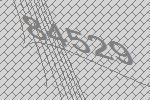
84529